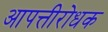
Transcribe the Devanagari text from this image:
आपत्तीरोधक